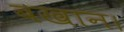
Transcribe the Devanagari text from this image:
बखान।